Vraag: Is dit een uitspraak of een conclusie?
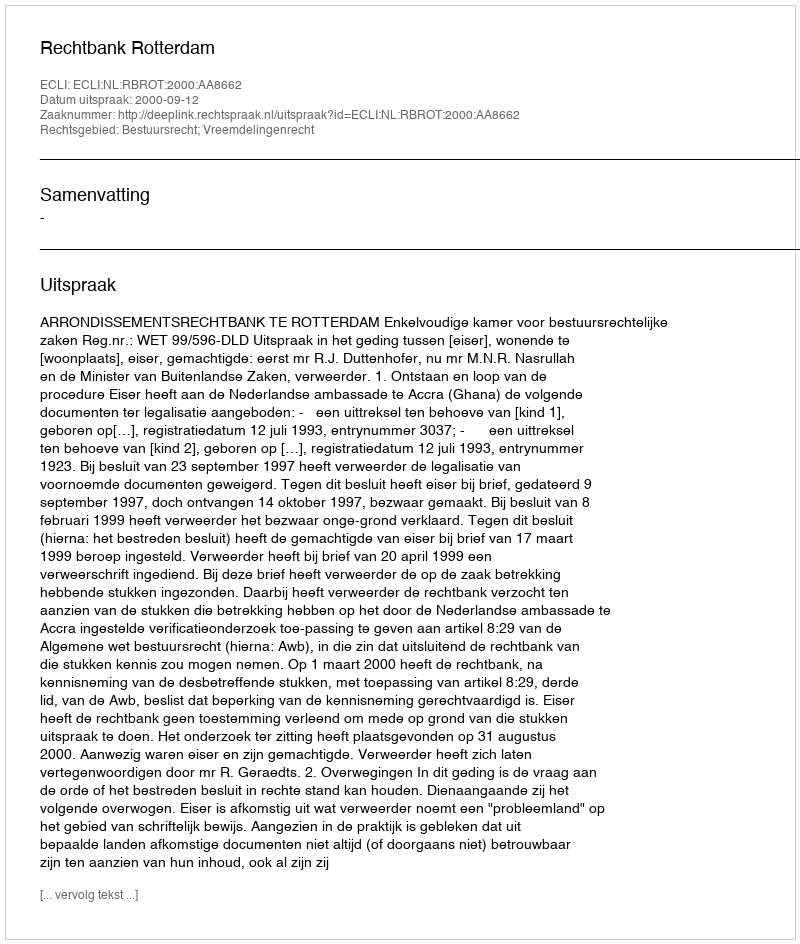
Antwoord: Uitspraak